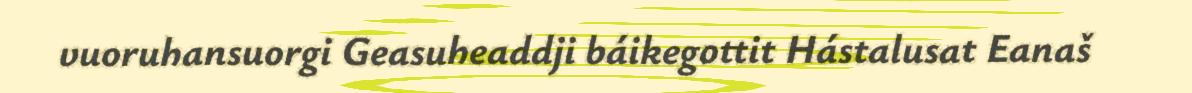
vuoruhansuorgi Geasuheaddji báikegottit Hástalusat Eanaš